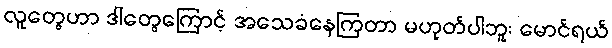
လူတွေဟာ ဒါတွေကြောင့် အသေခံနေကြတာ မဟုတ်ပါဘူး မောင်ရယ်